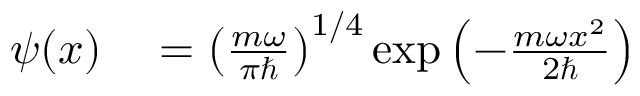
\begin{array} { r l } { \psi ( x ) } & { { } = \left( { \frac { m \omega } { \pi \hbar } } \right) ^ { 1 / 4 } \exp { \left( - { \frac { m \omega x ^ { 2 } } { 2 \hbar } } \right) } } \end{array}